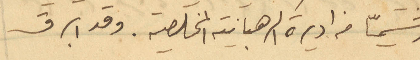
رشميّا من اديرة الرهبانية المخلصية. وقد ابرق